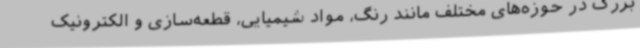
بزرگ در حوزه‌های مختلف مانند رنگ، مواد شیمیایی، قطعه‌سازی و الکترونیک